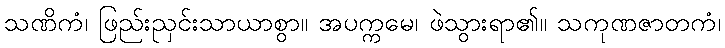
သဏိကံ၊ ဖြည်းညှင်းသာယာစွာ။ အပက္ကမေ၊ ဖဲသွားရာ၏။ သကုဏဇာတကံ၊